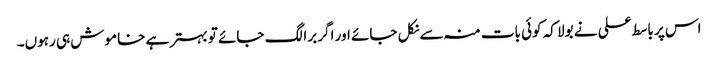
اس پر باسط علی نے بولا کہ کوئی بات منہ سے نکل جائے اور اگر برا لگ جائے تو بہتر ہے خاموش ہی رہوں۔